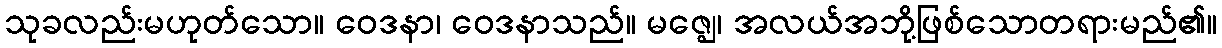
သုခလည်းမဟုတ်သော။ ဝေဒနာ၊ ဝေဒနာသည်။ မဇ္ဈေ၊ အလယ်အဘို့ဖြစ်သောတရားမည်၏။